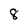
Character: 8